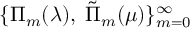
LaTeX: \{ \Pi _ { m } ( \lambda ) , \; \tilde { \Pi } _ { m } ( \mu ) \} _ { m = 0 } ^ { \infty }